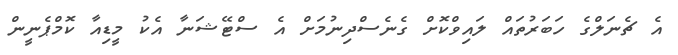
އެ ޗެނަލްގެ ހަބަރުތައް ލައިވްކޮށް ގެނެސްދިނުމަށް އެ ސްޓޭޝަނާ އެކު މީޑިއާ ކޮމްޕެނީން